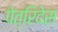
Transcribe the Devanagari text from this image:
पेत्रिदेस